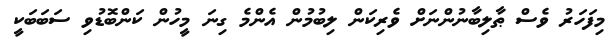
މިފަހަރު ވެސް ޠާލިބާނުންނަށް ވެރިކަން ލިބުމުން އެންމެ ގިނަ މީހުން ކަންބޮޑުވި ސަބަބަކީ